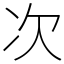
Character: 次